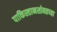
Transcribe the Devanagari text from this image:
पाकिस्तानसोबतच्या